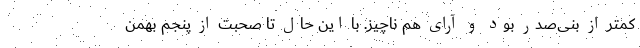
کمتر از بنی‌صدر بود و آرای هم ناچیز. با این حال تا صحبت از پنجم بهمن